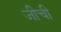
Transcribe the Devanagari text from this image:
जीची